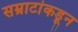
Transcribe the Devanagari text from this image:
सम्राटांकडून